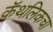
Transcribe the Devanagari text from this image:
कॅथलिकचा